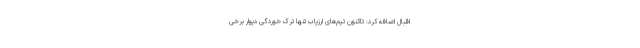
اقبال اضافه کرد: تاکنون تیم‌های ارزیاب تنها ترک خوردگی دیوار برخی